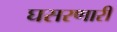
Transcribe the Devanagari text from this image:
घसरणारी